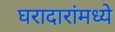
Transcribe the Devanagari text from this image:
घरादारांमध्ये